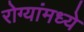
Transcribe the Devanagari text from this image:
रोग्यांमध्ये